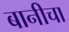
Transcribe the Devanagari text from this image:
बानीचा